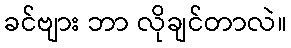
ခင်ဗျား ဘာ လိုချင်တာလဲ။